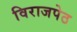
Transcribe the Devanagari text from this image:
विराजपेठ